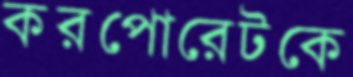
করপোরেটকে